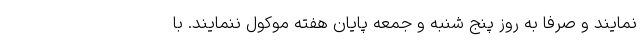
نمایند و صرفا به روز پنج شنبه و جمعه پایان هفته موکول ننمایند. با